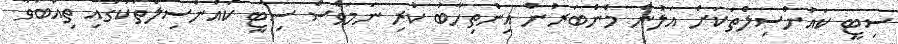
ސިޓީ ކައުންސިލްތަކަށް އަލުން މެންބަރުން އިންތިހާބު ކުރި ނަމަވެސް ސިޓީ ކައުންސިލްތަކުގައި ތިއްބަވާ